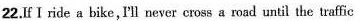
22.If I ride a bike,'ll never eross a road until the traffic